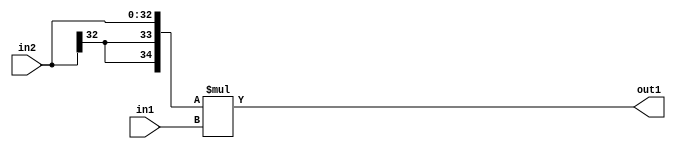
`timescale 1ps / 1ps
/*****************************************************************************
    Verilog RTL Description
    
    
    Created by: Stratus DpOpt 21.05.01 
*******************************************************************************/

module SobelFilter_Mul_33Sx10U_35S_1 (
	in2,
	in1,
	out1
	); /* architecture "behavioural" */ 
input [32:0] in2;
input [9:0] in1;
output [34:0] out1;
wire [34:0] asc001;

assign asc001 = 
	+({{2{in2[32]}}, in2} * in1);

assign out1 = asc001;
endmodule

/* CADENCE  ubHxQws= : u9/ySxbfrwZIxEzHVQQV8Q== ** DO NOT EDIT THIS LINE ******/